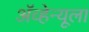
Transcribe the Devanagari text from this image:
ॲव्हेन्यूला